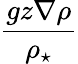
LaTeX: \frac{gz\nabla\rho}{\rho_{\star}}